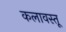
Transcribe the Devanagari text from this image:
कलावस्तू